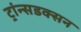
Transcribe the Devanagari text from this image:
ट्रांन्सडक्सन